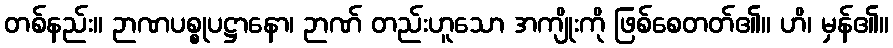
တစ်နည်း။ ဉာဏပစ္စုပဋ္ဌာနော၊ ဉာဏ် တည်းဟူသော အကျိုးကို ဖြစ်စေတတ်၏။ ဟိ၊ မှန်၏။